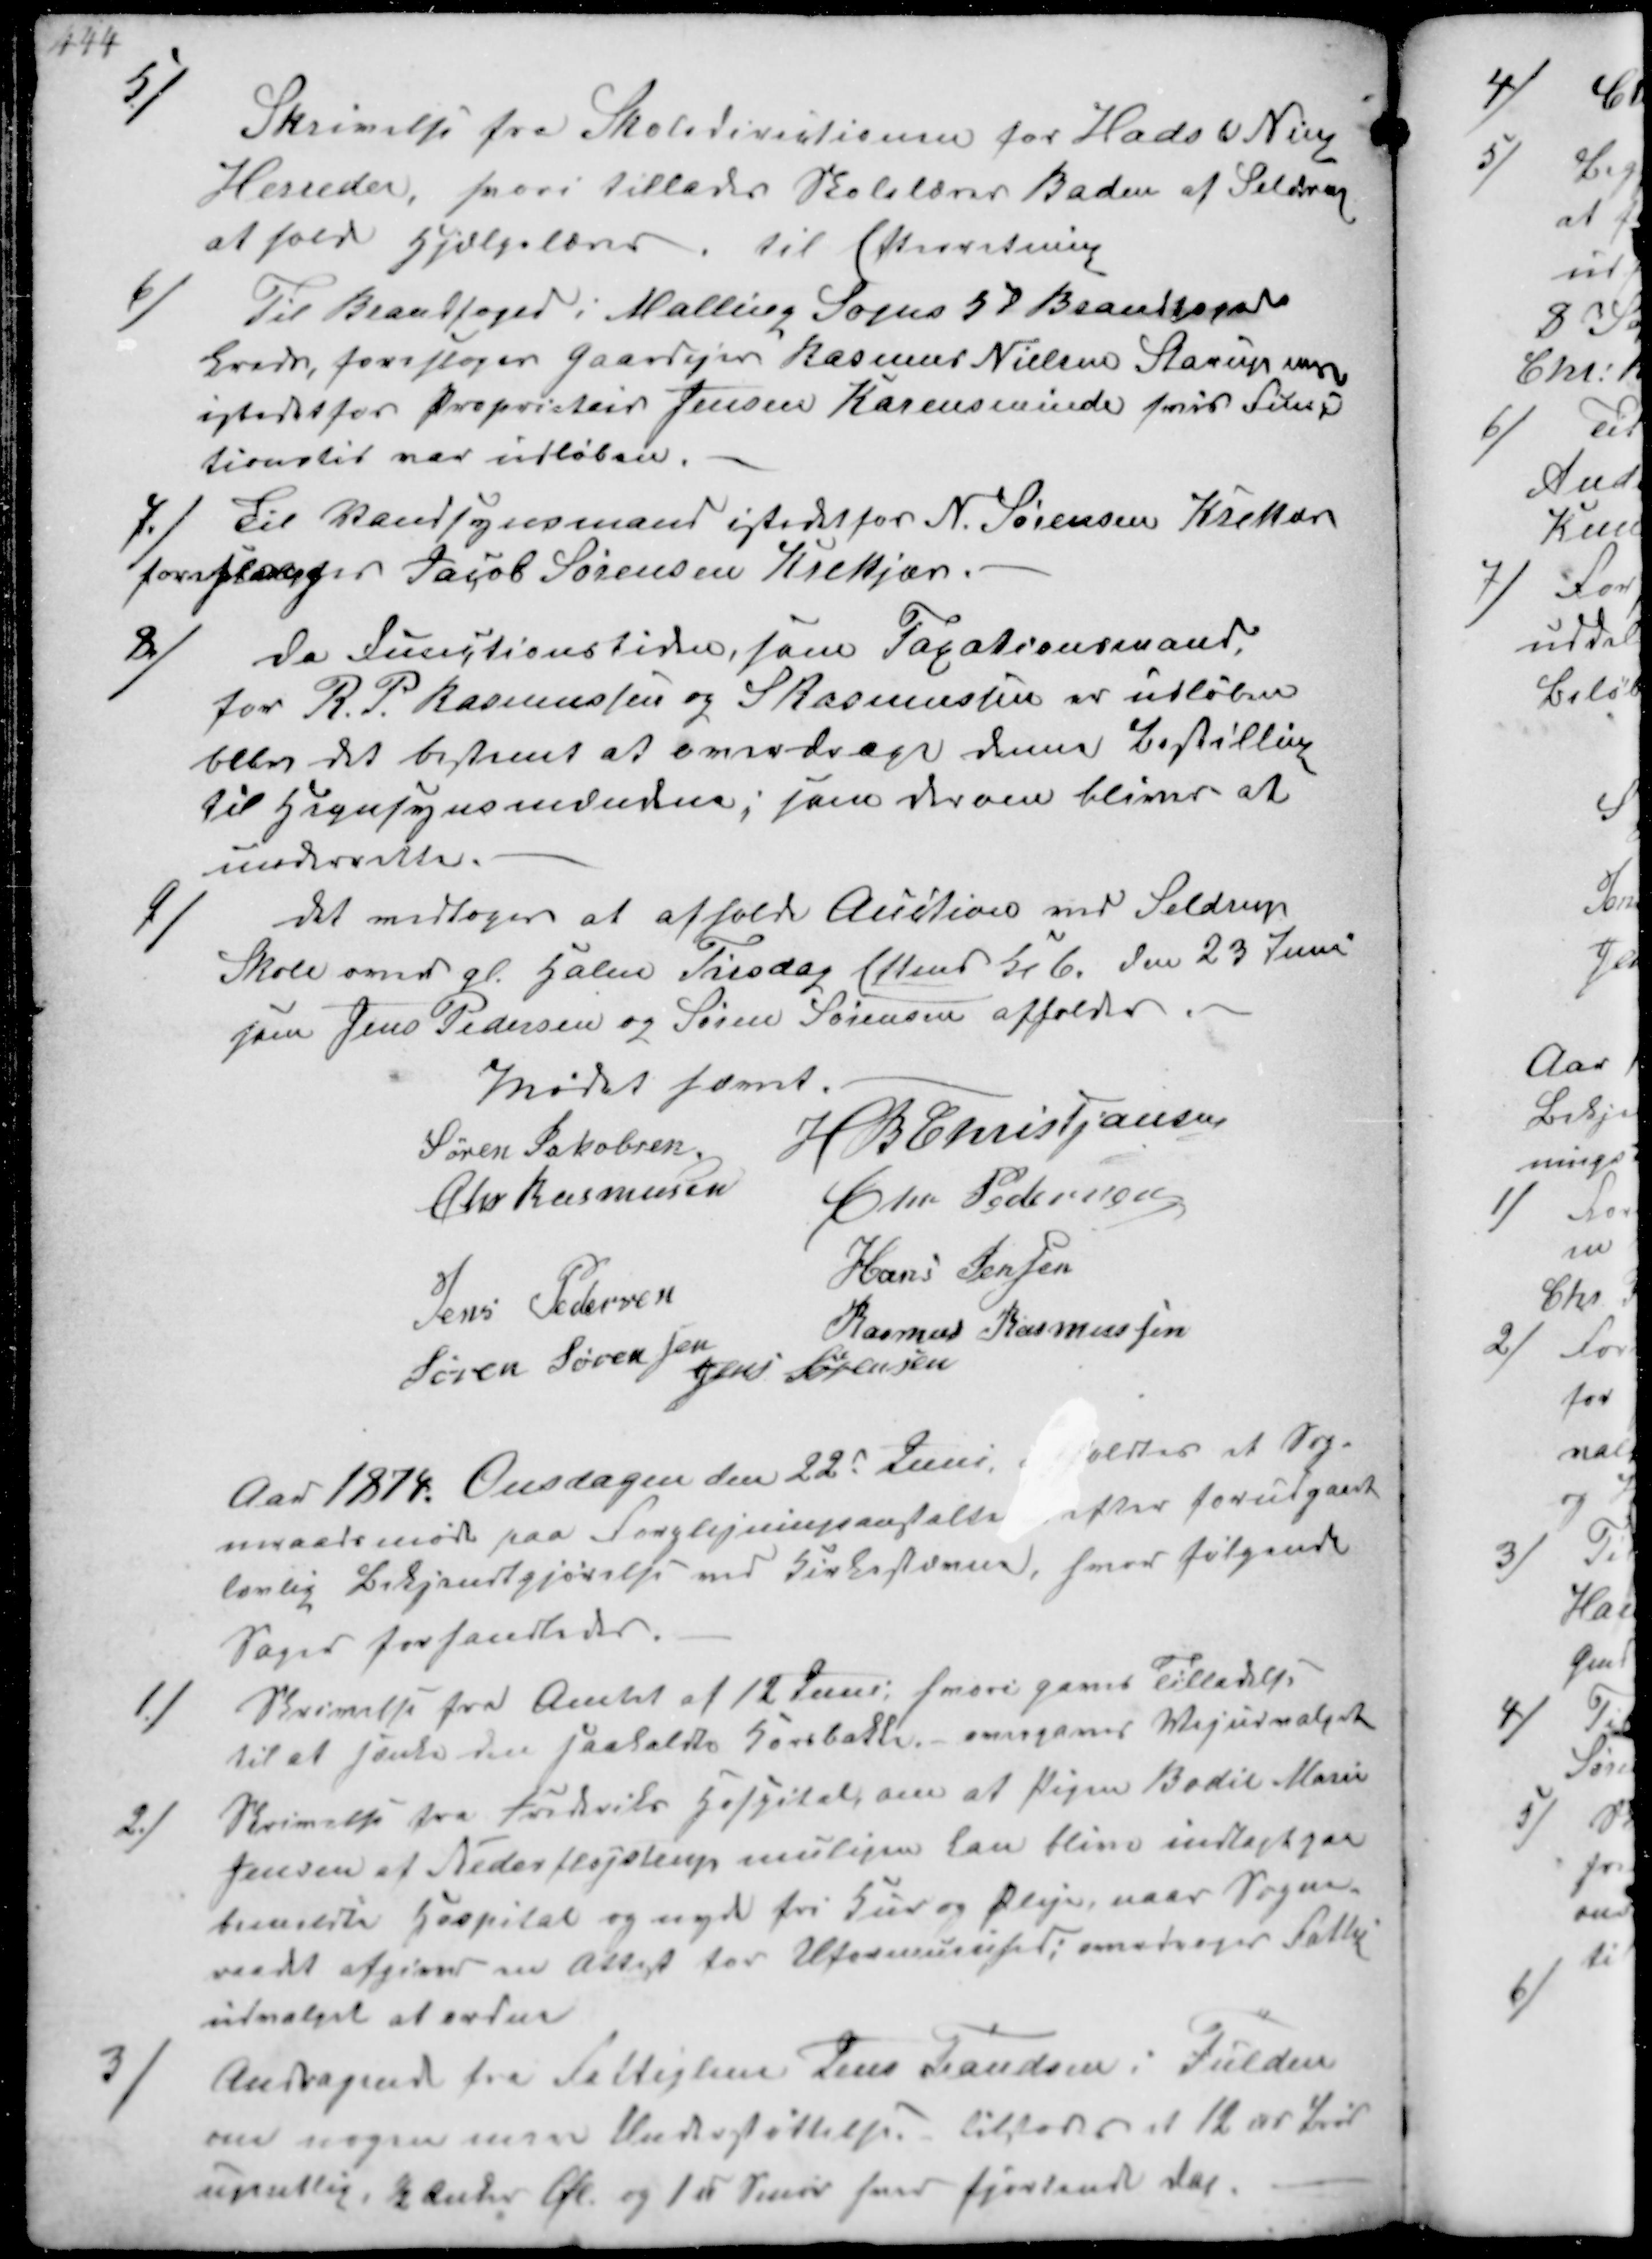
Transskription:
5/
Skrivelse fra Skoledirectionen for Hads & Ning
Herreder, hvori tillades Skolelærer Baden af Seldrup
at holde Hjælpelærer. Til Efterretning

6/
Til Brandfoged i Malling Sogns 5d Bandfoged
Kreds, foresloges Gaardejer Rasmus Nielsen Starup ₻
istedet for Proprietair Jensen Karenscminde hvis Funk-
tionstid var udløben,

7/
Til Vandsynsmand istedet for N. Sørensen Krekær
foreslaaes Jacob Sørensen Krekjær.

8/
da Functionstiden, som Taxationsmand.
for R.P. Rasmussen og S Rasmussen er udløben
blev det bestemt at overdrage denne Bestilling
til Hegnsynsxxxx, som derom bliver at
underrette.

9/
det vedtoges at afholde Auction ved Seldrup
Skole over gl Halm Tirsdag Eftmd Kl 6 den 23 Juni 
som Jens Pedersen og Søren Sørensen afholder

Mødet hævet.
Søren Jakobsen
H B Christjansen
Chr Rasmussen
Chr Pedersen
Jens Pedersen
Hans Jensen
Søren Sørensen
Jens Sørensen
Rasmus Rasmussen

Aar 1874 Onsdagen den 22de Juni holdtes et Sog-
neraadsmøde paa Forplejningsanstalten efter forudgaaet
lovlig Bekjendtgjørelse ved Kirkestævne, hvor følgende
Sager forhandledes.

1/ Skrivelse fra Amtet af 12 Juni, hvori gaves Tilladelse
til at sænke den saakaldte Kornbakke, overgaves Vejudvalget

2/ Skrivelse fra Frederiks Hospital om at Pigen Bodil Marie
Jensen af Nederfløjstrup muligen kan blive indlagt paa
bemeldte Hospital og nyde fri Kur og Pleje, naar Sogne-
raadet afgiver en Attest for Uformuenhed overdroges Fattig-
udvalget at ordne

3/ Andragende fra Fattiglem Jens Frandsen i Fulden
om nogen mere Understøttelse Tilstodes et 12 ℔ Brød
ugentlig, ½ Anker Øl og 1 ℔ Smør hver fjortende dag